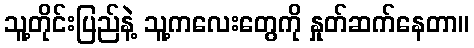
သူ့တိုင်းပြည်နဲ့ သူ့ကလေးတွေကို နှုတ်ဆက်နေတာ။